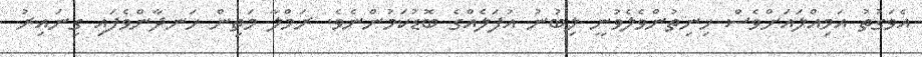
އެވަގުތު އަމިއްލައަށްވެސް ހިނިތުންވެލެވުނީ ލިބުނު އުފަލެއްގެ ބޮޑުކަމުންނެވެ. ރަމްލާ މަތިން ހަނދާންވެފައި ގިނައިރު